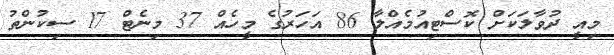
މިއީ ދުވާލަކަށް ކޮސްޓިއުމެއްލާ 86 އަހަރުގެ މީހެއް 37 މިނެޓް 17 ސިކުންތު